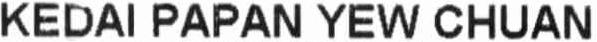
KEDAI PAPAN YEW CHUAN